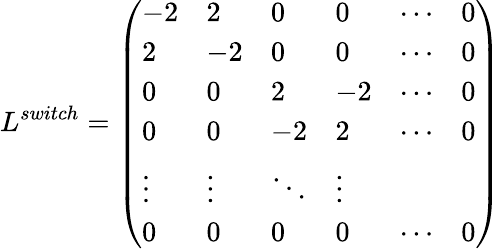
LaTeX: L^{switch}=\left(\begin{array}{llllll}{-2}&{2}&{0}&{0}&{\cdots}&{0}\\ {2}&{-2}&{0}&{0}&{\cdots}&{0}\\ {0}&{0}&{2}&{-2}&{\cdots}&{0}\\ {0}&{0}&{-2}&{2}&{\cdots}&{0}\\ {\vdots}&{\vdots}&{\ddots}&{\vdots}\\ {0}&{0}&{0}&{0}&{\cdots}&{0}\end{array}\right)